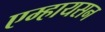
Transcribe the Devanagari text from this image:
एम्हायसन